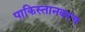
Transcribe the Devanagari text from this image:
पाकिस्तानवरच